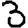
Digit: 3